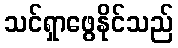
သင်ရှာဖွေနိုင်သည်